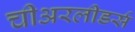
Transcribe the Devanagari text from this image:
चीअरलीडर्स